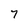
Character: 7